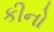
કીનો